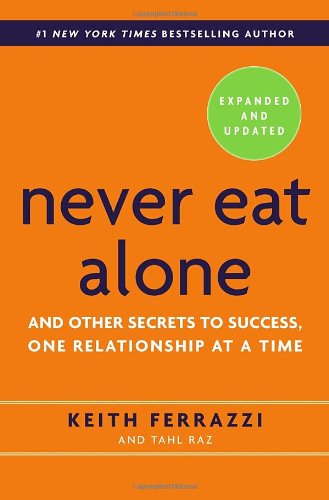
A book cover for Never Eat Alone, Expanded and Updated: And Other Secrets to Success, One Relationship at a Time; Keith Ferrazzi; Self-Help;